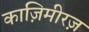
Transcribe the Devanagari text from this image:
काज़िमीरज़